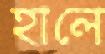
হালে